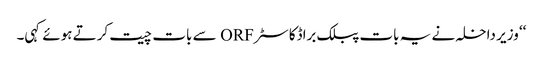
‘‘ وزیر داخلہ نے یہ بات پبلک براڈکاسٹر ORF سے بات چیت کرتے ہوئے کہی۔